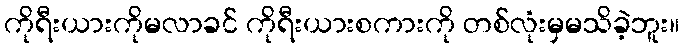
ကိုရီးယားကိုမလာခင် ကိုရီးယားစကားကို တစ်လုံးမှမသိခဲ့ဘူး။